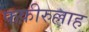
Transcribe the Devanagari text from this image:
फ़क़ीरुल्लाह